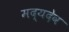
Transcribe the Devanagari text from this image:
मद्यदेव